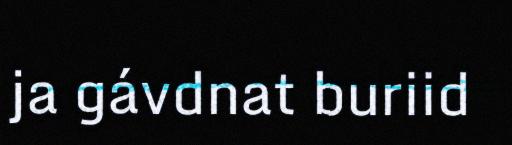
ja gávdnat buriid